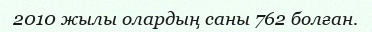
2010 жылы олардың саны 762 болған.